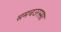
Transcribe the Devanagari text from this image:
समचउरस्सा